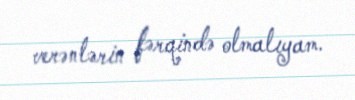
verənlərin fərqində olmalıyam.